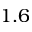
1 . 6